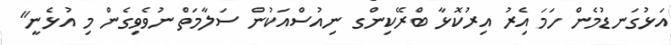
އަޅުގަނޑުމެން ހަމަ އެިރު އިރުކޮޅާ ބްރޭކިންގ ނިއުސްއަކުން ސަލާމަތް ނުވެވިގެން މި އުޅެނީ"